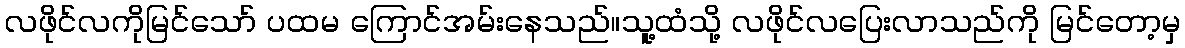
လဖိုင်လကိုမြင်သော် ပထမ ကြောင်အမ်းနေသည်။သူ့ထံသို့ လဖိုင်လပြေးလာသည်ကို မြင်တော့မှ